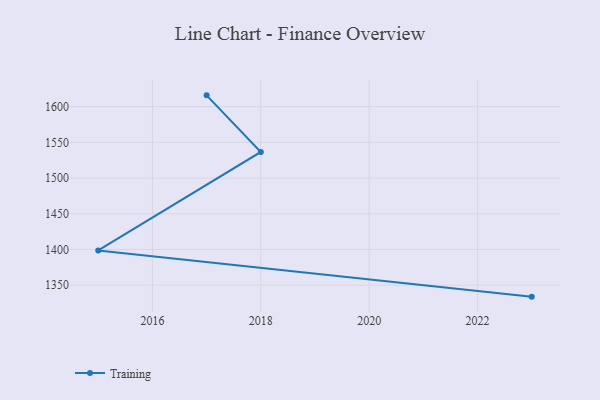
{"axis": {"x": "Year", "y": "Temperature (°C)"}, "legend": ["Training"], "data": [{"x": "2023", "y": 1333.9, "type": "Training"}, {"x": "2015", "y": 1398.6, "type": "Training"}, {"x": "2018", "y": 1536.6, "type": "Training"}, {"x": "2017", "y": 1615.9, "type": "Training"}]}